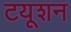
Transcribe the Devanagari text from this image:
टयूशन